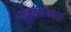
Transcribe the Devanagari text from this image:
खंडनकर्ता